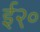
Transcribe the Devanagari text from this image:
ई२०